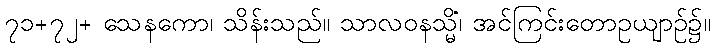
၇၁+၇၂+ သေနကော၊ သိန်းသည်။ သာလဝနသ္မိံ၊ အင်ကြင်းတောဥယျာဉ်၌။